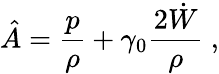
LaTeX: \hat{A}={\frac{p}{\rho}}+\gamma_{0}{\frac{2\dot{W}}{\rho}}\ ,